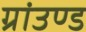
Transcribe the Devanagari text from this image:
ग्रांउण्ड